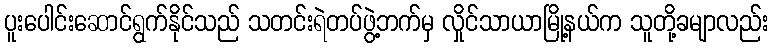
ပူးပေါင်းဆောင်ရွက်နိုင်သည် သတင်းရဲတပ်ဖွဲ့ဘက်မှ လှိုင်သာယာမြို့နယ်က သူတို့ခမျာလည်း